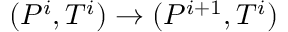
( P ^ { i } , T ^ { i } ) \rightarrow ( P ^ { i + 1 } , T ^ { i } )